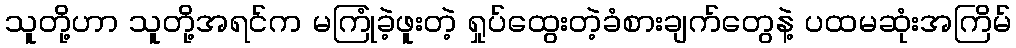
သူတို့ဟာ သူတို့အရင်က မကြုံခဲ့ဖူးတဲ့ ရှုပ်ထွေးတဲ့ခံစားချက်တွေနဲ့ ပထမဆုံးအကြိမ်